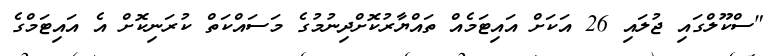
"ސްކޫލްގައި ޖުލައި 26 އަކަށް އައިޓަމެއް ތައްޔާރުކޮށްދިނުމުގެ މަސައްކަތް ކުރަނިކޮށް އެ އައިޓަމްގެ